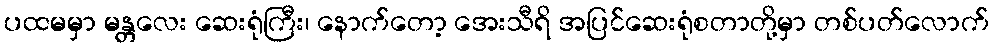
ပထမမှာ မန္တလေး ဆေးရုံကြီး၊ နောက်တော့ အေးသီရိ အပြင်ဆေးရုံစတာတို့မှာ တစ်ပတ်လောက်